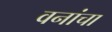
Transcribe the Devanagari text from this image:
वनांचा